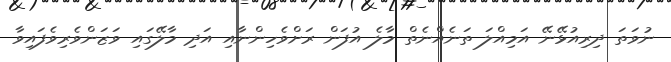
ނުވަތަ ދިރިއުޅޭނޭ އަމިއްލަ ތަނެއްނެތް މާލެ އުފަން ރަށްވެހިންނާއި އަދި މާލޭގައި ވަޒަންވެރިވެފައިވާ